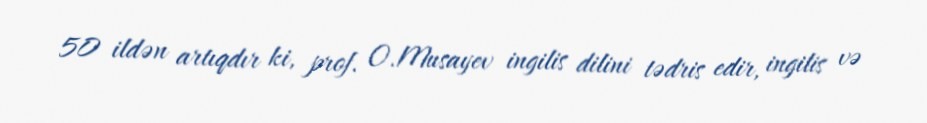
50 ildən artıqdır ki, prof. O.Musayev ingilis dilini tədris edir, ingilis və